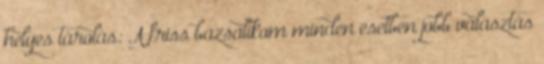
helyes tárolás: A friss bazsalikom minden esetben jobb választás